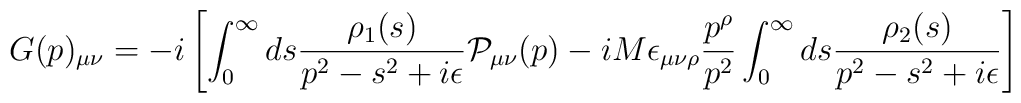
G(p)_{\mu \nu}=-i \left[ \int_0^{\infty} ds \frac{\rho_1(s)}{p^2-s^2+i \epsilon} {\cal P}_{\mu \nu} (p)-iM\epsilon_{\mu \nu \rho} \frac{p^{\rho}}{p^2} \int_0^{\infty}ds \frac{\rho_2(s)}{p^2-s^2+i\epsilon} \right]